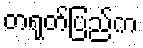
တရုတ်ပြည်က